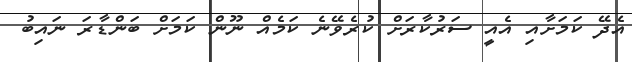
އެދޭ ކަމަށާއި އެެއީ ސަރުކާރަށް ކުރެވޭނެ ކަމެއް ނޫން ކަމަށް ބަންޑާރަ ނައިބު